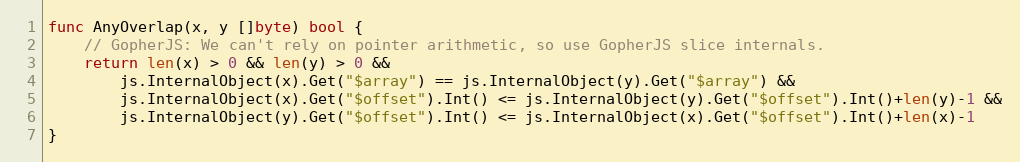
Language: Go
func AnyOverlap(x, y []byte) bool {
	// GopherJS: We can't rely on pointer arithmetic, so use GopherJS slice internals.
	return len(x) > 0 && len(y) > 0 &&
		js.InternalObject(x).Get("$array") == js.InternalObject(y).Get("$array") &&
		js.InternalObject(x).Get("$offset").Int() <= js.InternalObject(y).Get("$offset").Int()+len(y)-1 &&
		js.InternalObject(y).Get("$offset").Int() <= js.InternalObject(x).Get("$offset").Int()+len(x)-1
}